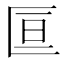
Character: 𫧑